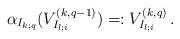
LaTeX: \begin{align*}\alpha_{I_{k;q}}(V^{(k,q-1)}_{I_{l;i}})=:V^{(k,q)}_{I_{l;i}}\,.\end{align*}